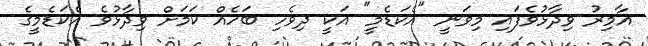
އާމިރު ވިދާޅުވެފައި މިވަނީ "އެކަޑެމީ" އަކީ ދިވެހި ބަހެއް ކަމަށް ވިދާޅުވެ އެކަޑެމީގެ